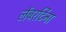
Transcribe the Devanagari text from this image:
लेंबरर्टिना